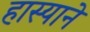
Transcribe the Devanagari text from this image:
हास्याने